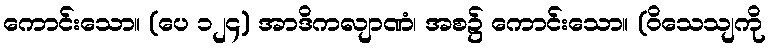
ကောင်းသော။ (ပေ ၁၂၄) အာဒိကလျာဏံ၊ အစ၌ ကောင်းသော။ (ဝိသေသျကို